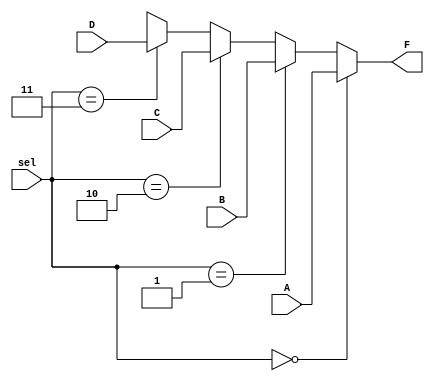
`timescale 1ns / 1ps

module SystemS(
input wire A,B,C,D,
input wire [1:0] sel,
output wire F
    );
    
 assign F = (sel==2'b00)? A: 
            (sel==2'b01)? B: 
            (sel==2'b10)? C: 
            (sel==2'b11)? D: 
            1'bX; 
endmodule